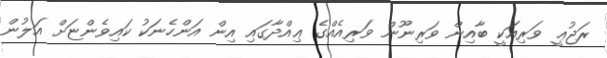
ރަޖުޢީ ވަރިއަކީ ބާއިން ވަރިނޫން ވަރިއެއްގެ ޢިއްދާގައި އިން އަންހެނަކު ކައިވެންޏަށް އަލުން